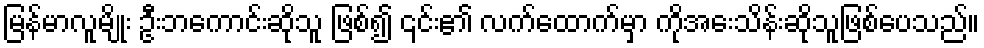
မြန်မာလူမျိုး ဦးဘကောင်းဆိုသူ ဖြစ်၍ ၎င်း၏ လက်ထောက်မှာ ကိုအေးသိန်းဆိုသူဖြစ်ပေသည်။